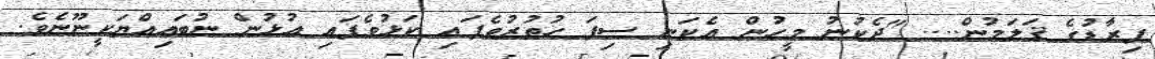
ޕިރާޑުގެ ޤަލަމުން.... "ދެކުނު މީހުން އެކަނި ސިފަ ހުތުރުވެފައި ކަޅުވެފައި އުޅުން ނުބައިއްޔަކީނޫނެވެ.